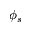
\phi _ { s }